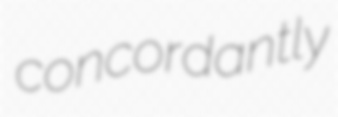
concordantly